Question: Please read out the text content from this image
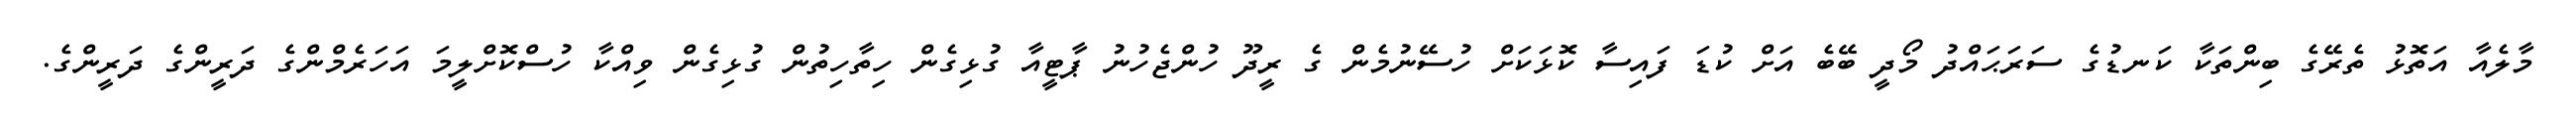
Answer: މާލެއާ އަތޮޅު ތެރޭގެ ބިންތަކާ ކަނޑުގެ ސަރަޙައްދު މޯދީ ބޭބެ އަށް ކުޑަ ފައިސާ ކޮޅަކަށް ހުސޭނުމެން ގެ ރީދޫ ހުންޖެހުނު ޕާޓީއާ ގުޅިގެން ހިތާހިތުން ގުޅިގެން ވިއްކާ ހުސްކޮށްލީމަ އަހަރެމްންގެ ދަރީންގެ ދަރީންގެ.